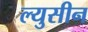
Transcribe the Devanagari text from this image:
ल्युसीन